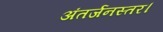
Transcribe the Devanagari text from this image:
अंतर्जनस्तर।